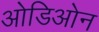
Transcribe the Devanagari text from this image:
ओडिओन